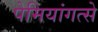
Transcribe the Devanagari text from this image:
पेमियांगत्से